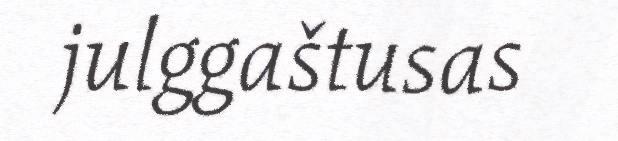
julggaštusas